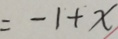
= - 1 + x